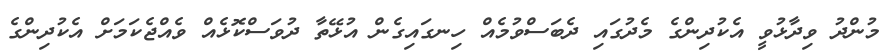
މުންދު ވިދާޅުވީ އެކުދިންގެ މެދުގައި ދެބަސްވުމެއް ހިނގައިގެން އުޅޭތާ ދުވަސްކޮޅެއް ވެއްޖެކަމަށް އެކުދިންގެ